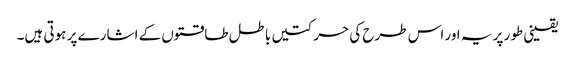
یقینی طور پر یہ اور اس طرح کی حرکتیں باطل طاقتوں کے اشارے پر ہوتی ہیں۔